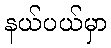
နယ်ပယ်မှာ